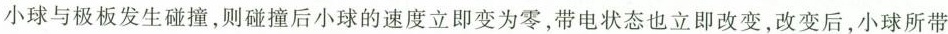
小球与极板发生碰撞，则碰撞后小球的速度立即变为零，带电状态也立即改变，改变后，小球所带